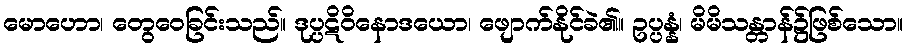
မောဟော၊ တွေဝေခြင်းသည်။ ဒုပ္ပဋိဝိနောဒယော၊ ဖျောက်နိုင်ခဲ၏။ ဥပ္ပန္နံ၊ မိမိသန္တာန်၌ဖြစ်သော။